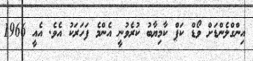
އިންގްލެންޑަށް ވޯޑް ކަޕް ކާމިޔާބު ކުރެވުނީ އެންމެ ފަހަރަކު އެވެ. އެއީ 1966